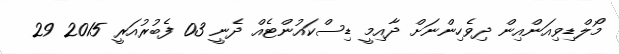
މޯލްޑިވިއަންއިން ދިވެހިންނަށް ދާއިމީ ޑިސްކައުންޓެއް ދެނީ 03 ފެބުރުއަރީ 2015 29